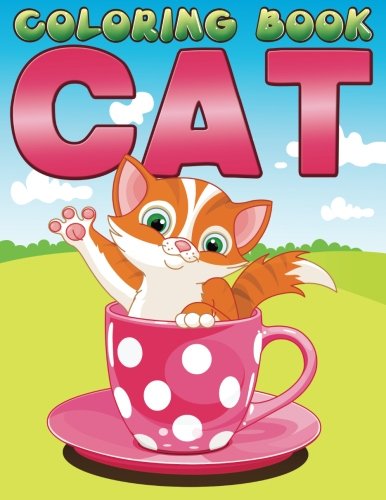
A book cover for Coloring Book Cat; Timmy Time Books For Kids; Comics & Graphic Novels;